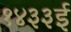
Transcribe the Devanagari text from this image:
१४३३ई